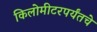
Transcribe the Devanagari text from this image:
किलोमीटरपर्यंतचे